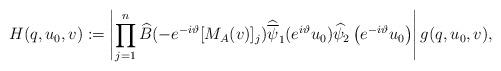
LaTeX: \begin{align*} & H(q,u_0,v) := \left| \prod_{j = 1}^n \widehat{B}(- e^{ - i \vartheta} [M_A(v)]_j ) \widehat{ \overline{\psi}}_1(e^{ i \vartheta}u_0) \widehat{\psi}_2 \left( e^{ - i \vartheta} u_0 \right) \right| g(q,u_0,v) , \end{align*}